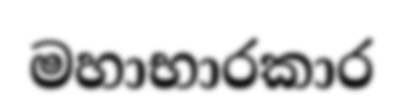
මහාභාරකාර